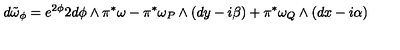
d \tilde { \omega } _ { \phi } = e ^ { 2 \phi } 2 d \phi \wedge \pi ^ { \ast } \omega - \pi ^ { \ast } \omega _ { P } \wedge ( d y - i \beta ) + \pi ^ { \ast } \omega _ { Q } \wedge ( d x - i \alpha )